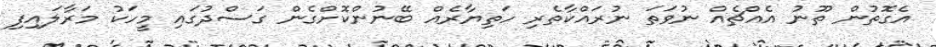
އެގޮތުން ތޫނު އެއްޗެއް ނުވަތަ ނުރައްކާތެރި ހަތިޔާރެއް ބޭނުންކޮށްގެން ގަސްދުގައި މީހަކު މަރާލައިފި